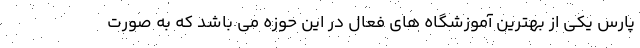
پارس یکی از بهترین آموزشگاه های فعال در این حوزه می باشد که به صورت